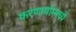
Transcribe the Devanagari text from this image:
करणार्याम्मध्ये